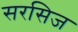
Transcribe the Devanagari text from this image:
सरसिज